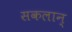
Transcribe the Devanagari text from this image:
सकलान्